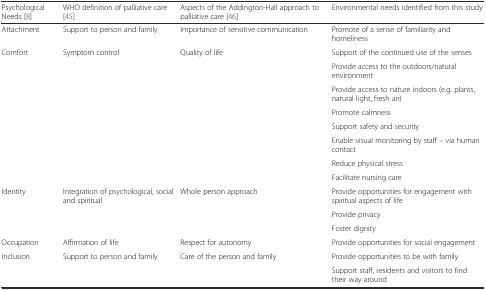
<table><thead><tr><td><b>Psychological Needs [8]</b></td><td><b>WHO definition of palliative care [45]</b></td><td><b>Aspects of the Addington-Hall approach to palliative care [46]</b></td><td><b>Environmental needs identified from this study</b></td></tr></thead><tbody><tr><td>Attachment</td><td>Support to person and family</td><td>Importance of sensitive communication</td><td>Promote of a sense of familiarity and homeliness</td></tr><tr><td rowspan="8">Comfort</td><td rowspan="8">Symptom control</td><td rowspan="8">Quality of life</td><td>Support of the continued use of the senses</td></tr><tr><td>Provide access to the outdoors/natural environment</td></tr><tr><td>Provide access to nature indoors (e.g. plants, natural light, fresh air)</td></tr><tr><td>Promote calmness</td></tr><tr><td>Support safety and security</td></tr><tr><td>Enable visual monitoring by staff – via human contact</td></tr><tr><td>Reduce physical stress</td></tr><tr><td>Facilitate nursing care</td></tr><tr><td rowspan="3">Identity</td><td rowspan="3">Integration of psychological, social and spiritual</td><td rowspan="3">Whole person approach</td><td>Provide opportunities for engagement with spiritual aspects of life</td></tr><tr><td>Provide privacy</td></tr><tr><td>Foster dignity</td></tr><tr><td>Occupation</td><td>Affirmation of life</td><td>Respect for autonomy</td><td>Provide opportunities for social engagement</td></tr><tr><td rowspan="2">Inclusion</td><td rowspan="2">Support to person and family</td><td rowspan="2">Care of the person and family</td><td>Provide opportunities to be with family</td></tr><tr><td>Support staff, residents and visitors to find their way around</td></tr></tbody></table>